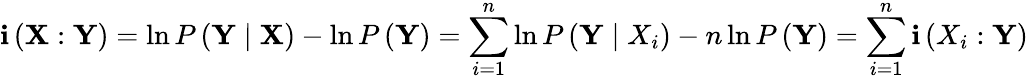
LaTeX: \mathbf{i}\left(\mathbf{X}:\mathbf{Y}\right)=\ln{P\left(\mathbf{Y}\mid\mathbf{X}\right)}-\ln{P\left(\mathbf{Y}\right)}=\sum_{i=1}^{n}\ln{P\left(\mathbf{Y}\mid X_{i}\right)}-n\ln{P\left(\mathbf{Y}\right)}=\sum_{i=1}^{n}\mathbf{i}\left(X_{i}:\mathbf{Y}\right)